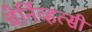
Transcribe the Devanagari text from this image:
चेर्निव्हत्सी